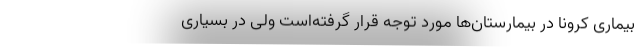
بیماری کرونا در بیمارستان‌ها مورد توجه قرار گرفته‌است ولی در بسیاری